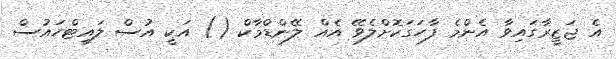
އެ ޖަޒީރާގައިވާ އެންމެ ފާހަގަކޮށްލެވޭ އެއް ލޭންޑްމާކް () އަކީ އުސް ލައިޓްހައުސް